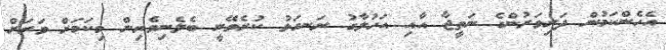
އެހެންކަމުން ދަރިވަރުންގެ ނަތީޖާ އާއި އަހުލާގު ރަނގަޅު ކުރެވޭނީ ބެލެނިވެރިން މިކަމަށް ވަރަށް